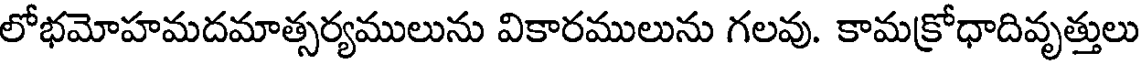
లోభమోహమదమాత్సర్యములును వికారములును గలవు. కామక్రోధాదివృత్తులు